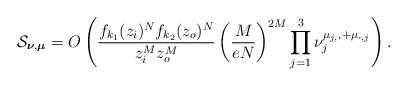
LaTeX: \begin{align*}\mathcal S_{\boldsymbol\nu,\boldsymbol\mu}=O\left(\frac{f_{k_1}(z_i)^Nf_{k_2}(z_o)^N}{z_i^M z_o^M}\left(\frac{M}{eN}\right)^{2M}\prod_{j=1}^3\nu_j^{\mu_{j,\boldsymbol\cdot}+\mu_{\boldsymbol\cdot,j}}\right).\end{align*}